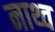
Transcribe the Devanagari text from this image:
नाथ्व